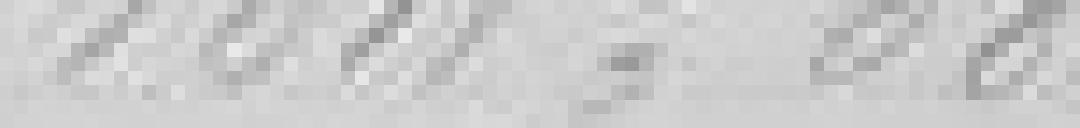
1611.68